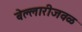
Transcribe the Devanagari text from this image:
बेल्लारीजवळ